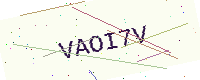
Text: VAOI7V